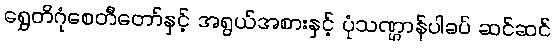
ရွှေတိဂုံစေတီတော်နှင့် အရွယ်အစားနှင့် ပုံသဏ္ဌာန်ပါခပ် ဆင်ဆင်